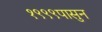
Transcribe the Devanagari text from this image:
१९९९पासुन